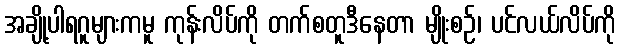
အချို့ပါရဂူများကမူ ကုန်းလိပ်ကို တက်စတူဒီနေတာ မျိုးစဉ်၊ ပင်လယ်လိပ်ကို